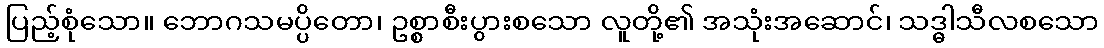
ပြည့်စုံသော။ ဘောဂသမပ္ပိတော၊ ဥစ္စာစီးပွားစသော လူတို့၏ အသုံးအဆောင်၊ သဒ္ဓါသီလစသော